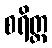
စရိတ္ထ